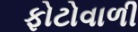
ફોટોવાળી